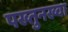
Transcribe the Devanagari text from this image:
पख्तुनख्वा